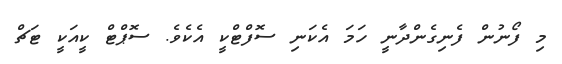
މި ފޯނުން ފެނިގެންދާނީ ހަމަ އެކަނި ސޮފްޓްކީ އެކެވެ. ސޮޕްޓް ކީއަކީ ޓަޗް